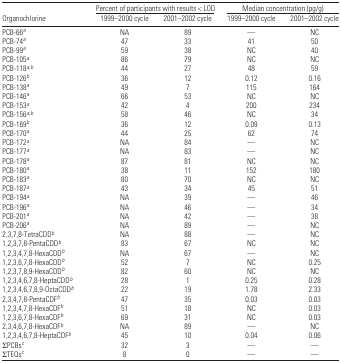
<table><thead><tr><td></td><td colspan="2"><b>Percent of participants with results &lt; LOD</b></td><td colspan="2"><b>Median concentration (pg/g)</b></td></tr><tr><td><b>Organochlorine</b></td><td><b>1999–2000 cycle</b></td><td><b>2001–2002 cycle</b></td><td><b>1999–2000 cycle</b></td><td><b>2001–2002 cycle</b></td></tr></thead><tbody><tr><td>PCB-66a</td><td>NA</td><td>89</td><td>—</td><td>NC</td></tr><tr><td>PCB-74a</td><td>47</td><td>33</td><td>41</td><td>50</td></tr><tr><td>PCB-99a</td><td>59</td><td>38</td><td>NC</td><td>40</td></tr><tr><td>PCB-105a</td><td>86</td><td>79</td><td>NC</td><td>NC</td></tr><tr><td>PCB-118a,b</td><td>44</td><td>27</td><td>48</td><td>59</td></tr><tr><td>PCB-126b</td><td>36</td><td>12</td><td>0.12</td><td>0.16</td></tr><tr><td>PCB-138a</td><td>49</td><td>7</td><td>115</td><td>164</td></tr><tr><td>PCB-146a</td><td>66</td><td>53</td><td>NC</td><td>NC</td></tr><tr><td>PCB-153a</td><td>42</td><td>4</td><td>200</td><td>234</td></tr><tr><td>PCB-156a,b</td><td>58</td><td>46</td><td>NC</td><td>34</td></tr><tr><td>PCB-169b</td><td>36</td><td>12</td><td>0.09</td><td>0.13</td></tr><tr><td>PCB-170a</td><td>44</td><td>25</td><td>62</td><td>74</td></tr><tr><td>PCB-172a</td><td>NA</td><td>84</td><td>—</td><td>NC</td></tr><tr><td>PCB-177a</td><td>NA</td><td>83</td><td>—</td><td>NC</td></tr><tr><td>PCB-178a</td><td>87</td><td>81</td><td>NC</td><td>NC</td></tr><tr><td>PCB-180a</td><td>38</td><td>11</td><td>152</td><td>180</td></tr><tr><td>PCB-183a</td><td>80</td><td>70</td><td>NC</td><td>NC</td></tr><tr><td>PCB-187a</td><td>43</td><td>34</td><td>45</td><td>51</td></tr><tr><td>PCB-194a</td><td>NA</td><td>39</td><td>—</td><td>46</td></tr><tr><td>PCB-196a</td><td>NA</td><td>46</td><td>—</td><td>34</td></tr><tr><td>PCB-201a</td><td>NA</td><td>42</td><td>—</td><td>38</td></tr><tr><td>PCB-206a</td><td>NA</td><td>89</td><td>—</td><td>NC</td></tr><tr><td>2,3,7,8-TetraCDDb</td><td>NA</td><td>88</td><td>—</td><td>NC</td></tr><tr><td>1,2,3,7,8-PentaCDDb</td><td>83</td><td>67</td><td>NC</td><td>NC</td></tr><tr><td>1,2,3,4,7,8-HexaCDDb</td><td>NA</td><td>67</td><td>—</td><td>NC</td></tr><tr><td>1,2,3,6,7,8-HexaCDDb</td><td>52</td><td>7</td><td>NC</td><td>0.25</td></tr><tr><td>1,2,3,7,8,9-HexaCDDb</td><td>82</td><td>60</td><td>NC</td><td>NC</td></tr><tr><td>1,2,3,4,6,7,8-HeptaCDDb</td><td>28</td><td>1</td><td>0.25</td><td>0.28</td></tr><tr><td>1,2,3,4,6,7,8,9-OctaCDDb</td><td>22</td><td>19</td><td>1.78</td><td>2.33</td></tr><tr><td>2,3,4,7,8-PentaCDFb</td><td>47</td><td>35</td><td>0.03</td><td>0.03</td></tr><tr><td>1,2,3,4,7,8-HexaCDFb</td><td>51</td><td>18</td><td>NC</td><td>0.03</td></tr><tr><td>1,2,3,6,7,8-HexaCDFb</td><td>69</td><td>31</td><td>NC</td><td>0.03</td></tr><tr><td>2,3,4,6,7,8-HexaCDFb</td><td>NA</td><td>89</td><td>—</td><td>NC</td></tr><tr><td>1,2,3,4,6,7,8-HeptaCDFb</td><td>45</td><td>10</td><td>0.04</td><td>0.06</td></tr><tr><td>∑PCBsc</td><td>32</td><td>3</td><td>—</td><td>—</td></tr><tr><td>∑TEQsc</td><td>8</td><td>0</td><td>—</td><td>—</td></tr></tbody></table>